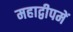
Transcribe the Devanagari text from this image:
महाद्वीपमें